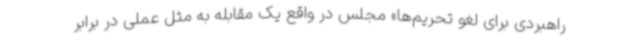
راهبردی برای لغو تحریم‌ها» مجلس در واقع یک مقابله به مثل عملی در برابر